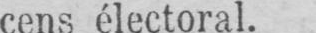
cens électoral.